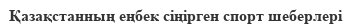
Қазақстанның еңбек сiңiрген спорт шеберлерi